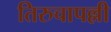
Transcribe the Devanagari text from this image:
तिरुचापल्ली